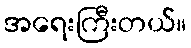
အရေးကြီးတယ်။